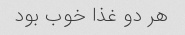
هر دو غذا خوب بود